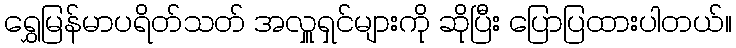
ရွှေမြန်မာပရိတ်သတ် အလှူရှင်များကို ဆိုပြီး ပြောပြထားပါတယ်။